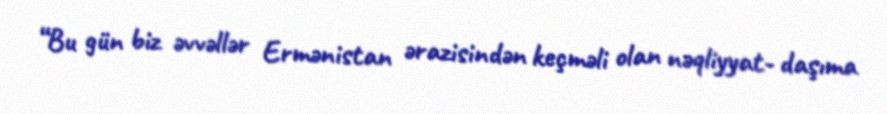
“Bu gün biz əvvəllər Ermənistan ərazisindən keçməli olan nəqliyyat- daşıma